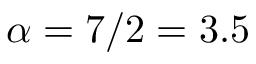
\alpha = 7 / 2 = 3 . 5